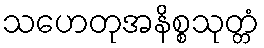
သဟေတုအနိစ္စသုတ္တံ